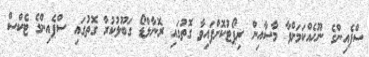
ސްޕެއިންގެ ނޫހެއްކަމަށްވާ މާސާއިން ރިޕޯޓުކޮށްފައިވާ ގޮތުގައި ރޮނާލްޑޯ ގަބޫލުކުރާ ގޮތުގައި ސްޕެއިންގެ ޓެކްސް